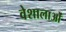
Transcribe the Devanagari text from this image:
वेशालाओं